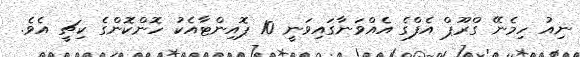
ނިއު ހިމެނޭ ގްރޫޕް އެފްގެ އެއްވަނާގައިވަނީ 10 ޕޮއިންޓާއެކު ހޮންކޮންގެ ކިޗީ އެވެ.